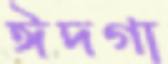
ঈদগা